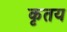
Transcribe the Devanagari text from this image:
कृतय